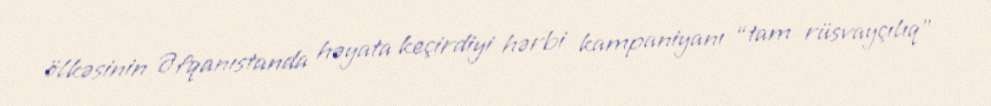
ölkəsinin Əfqanıstanda həyata keçirdiyi hərbi kampaniyanı “tam rüsvayçılıq”